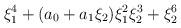
LaTeX: \begin{align*} \xi_1^{4} + (a_0 + a_1 \xi_2) \xi_1^{2} \xi_2^{3} + \xi_{2}^{6}\end{align*}